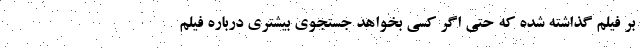
بر فیلم گذاشته شده که حتی اگر کسی بخواهد جستجوی بیشتری درباره فیلم